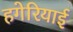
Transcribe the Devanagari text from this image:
हगेरियाई